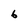
Character: b